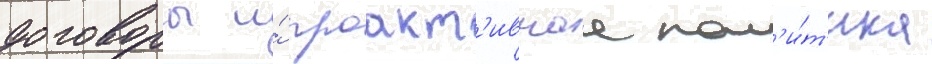
договоры и́ проакт'ивнаа пол'и́т'ика